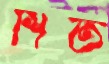
শিত